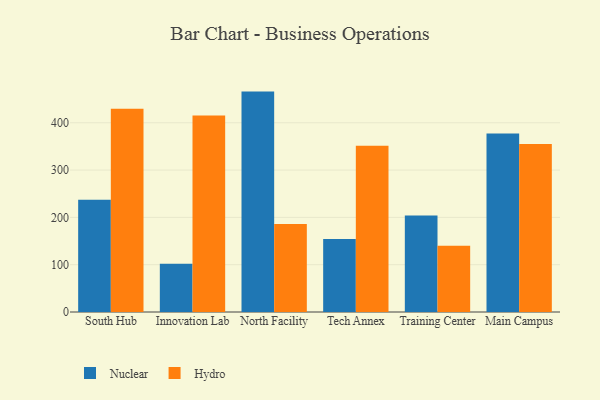
{"axis": {"x": "Campus", "y": "Churn Rate (%)"}, "legend": ["Hydro", "Nuclear"], "data": [{"x": "South Hub", "y": 237.3, "type": "Nuclear"}, {"x": "South Hub", "y": 429.8, "type": "Hydro"}, {"x": "Innovation Lab", "y": 101.8, "type": "Nuclear"}, {"x": "Innovation Lab", "y": 415.3, "type": "Hydro"}, {"x": "North Facility", "y": 465.9, "type": "Nuclear"}, {"x": "North Facility", "y": 185.8, "type": "Hydro"}, {"x": "Tech Annex", "y": 154.4, "type": "Nuclear"}, {"x": "Tech Annex", "y": 351.5, "type": "Hydro"}, {"x": "Training Center", "y": 204.1, "type": "Nuclear"}, {"x": "Training Center", "y": 140.2, "type": "Hydro"}, {"x": "Main Campus", "y": 377.1, "type": "Nuclear"}, {"x": "Main Campus", "y": 355.3, "type": "Hydro"}]}